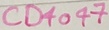
Text: CD4047